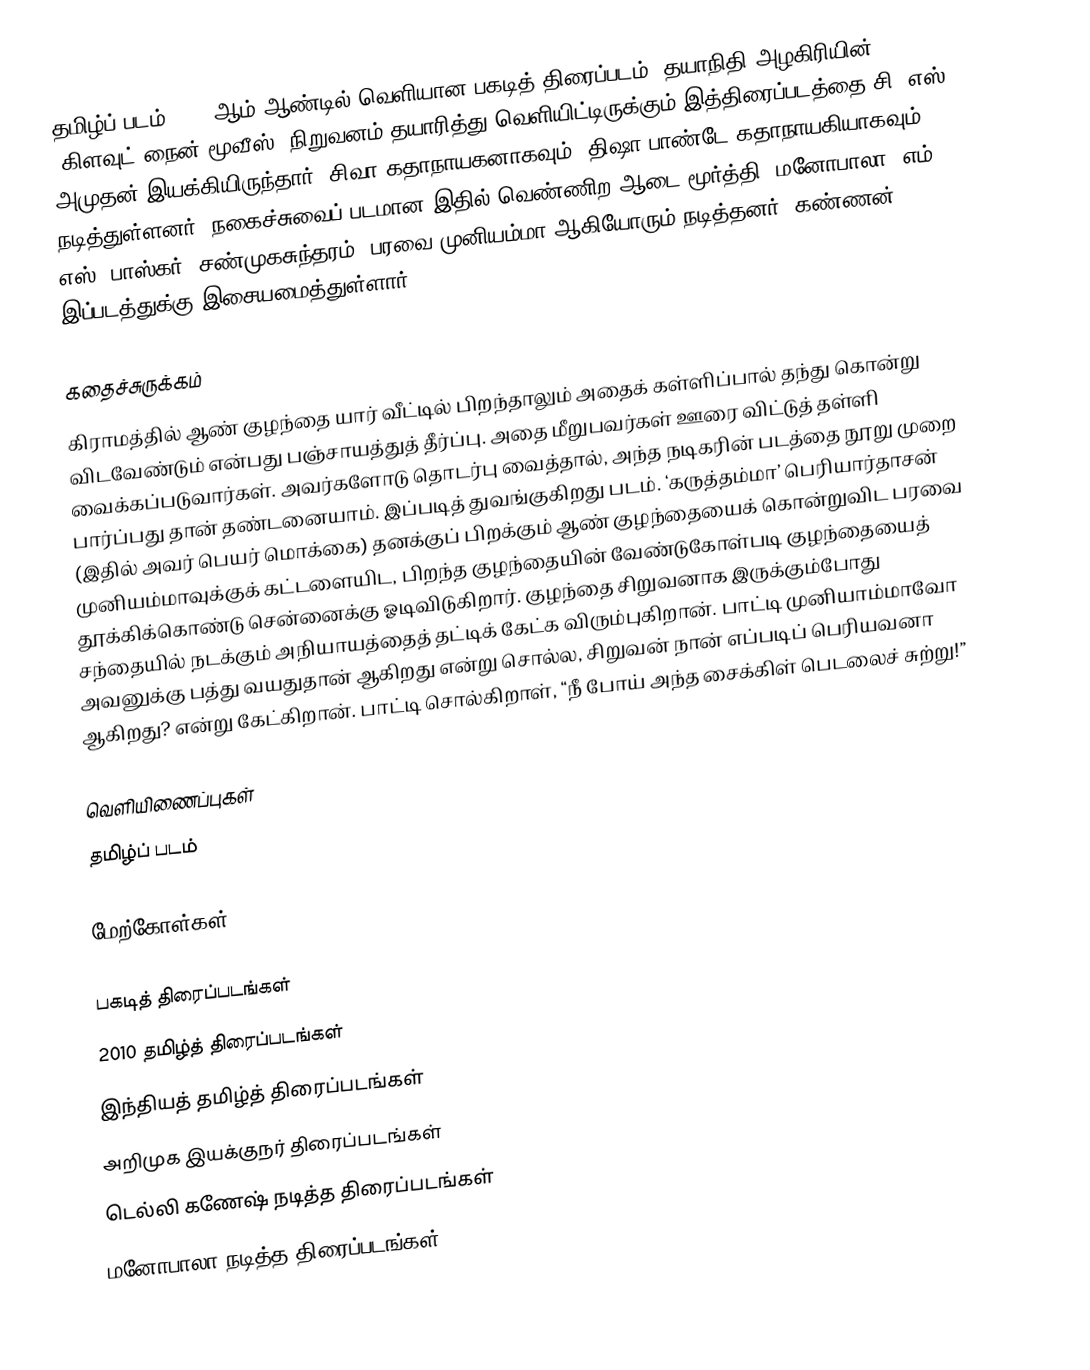
தமிழ்ப் படம் 2010 ஆம் ஆண்டில் வெளியான பகடித் திரைப்படம். தயாநிதி அழகிரியின் "கிளவுட் நைன் மூவீஸ்" நிறுவனம் தயாரித்து வெளியிட்டிருக்கும் இத்திரைப்படத்தை சி. எஸ். அமுதன் இயக்கியிருந்தார். சிவா கதாநாயகனாகவும், திஷா பாண்டே கதாநாயகியாகவும் நடித்துள்ளனர். நகைச்சுவைப் படமான இதில் வெண்ணிற ஆடை மூர்த்தி, மனோபாலா, எம். எஸ். பாஸ்கர், சண்முகசுந்தரம், பரவை முனியம்மா ஆகியோரும் நடித்தனர். கண்ணன் இப்படத்துக்கு இசையமைத்துள்ளார்.

கதைச்சுருக்கம்
கிராமத்தில் ஆண் குழந்தை யார் வீட்டில் பிறந்தாலும் அதைக் கள்ளிப்பால் தந்து கொன்று விடவேண்டும் என்பது பஞ்சாயத்துத் தீர்ப்பு. அதை மீறுபவர்கள் ஊரை விட்டுத் தள்ளி வைக்கப்படுவார்கள். அவர்களோடு தொடர்பு வைத்தால், அந்த நடிகரின் படத்தை நூறு முறை பார்ப்பது தான் தண்டனையாம். இப்படித் துவங்குகிறது படம். ‘கருத்தம்மா’ பெரியார்தாசன் (இதில் அவர் பெயர் மொக்கை) தனக்குப் பிறக்கும் ஆண் குழந்தையைக் கொன்றுவிட பரவை முனியம்மாவுக்குக் கட்டளையிட, பிறந்த குழந்தையின் வேண்டுகோள்படி குழந்தையைத் தூக்கிக்கொண்டு சென்னைக்கு ஓடிவிடுகிறார். குழந்தை சிறுவனாக இருக்கும்போது சந்தையில் நடக்கும் அநியாயத்தைத் தட்டிக் கேட்க விரும்புகிறான். பாட்டி முனியாம்மாவோ அவனுக்கு பத்து வயதுதான் ஆகிறது என்று சொல்ல, சிறுவன் நான் எப்படிப் பெரியவனா ஆகிறது? என்று கேட்கிறான். பாட்டி சொல்கிறாள், “நீ போய் அந்த சைக்கிள் பெடலைச் சுற்று!”

வெளியிணைப்புகள்
தமிழ்ப் படம்

மேற்கோள்கள்

பகடித் திரைப்படங்கள்
2010 தமிழ்த் திரைப்படங்கள்
இந்தியத் தமிழ்த் திரைப்படங்கள்
அறிமுக இயக்குநர் திரைப்படங்கள்
டெல்லி கணேஷ் நடித்த திரைப்படங்கள்
மனோபாலா நடித்த திரைப்படங்கள்